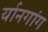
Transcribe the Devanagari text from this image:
र्यानगांग